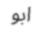
ابو